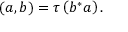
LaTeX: ( a , b ) = \tau \left( b ^ { * } a \right) .